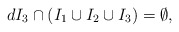
\begin{align*}d I_3 \cap (I_1 \cup I_2 \cup I_3) = \emptyset,\end{align*}